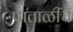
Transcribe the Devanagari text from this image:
पाताळींचें